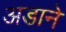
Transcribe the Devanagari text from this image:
अडाने